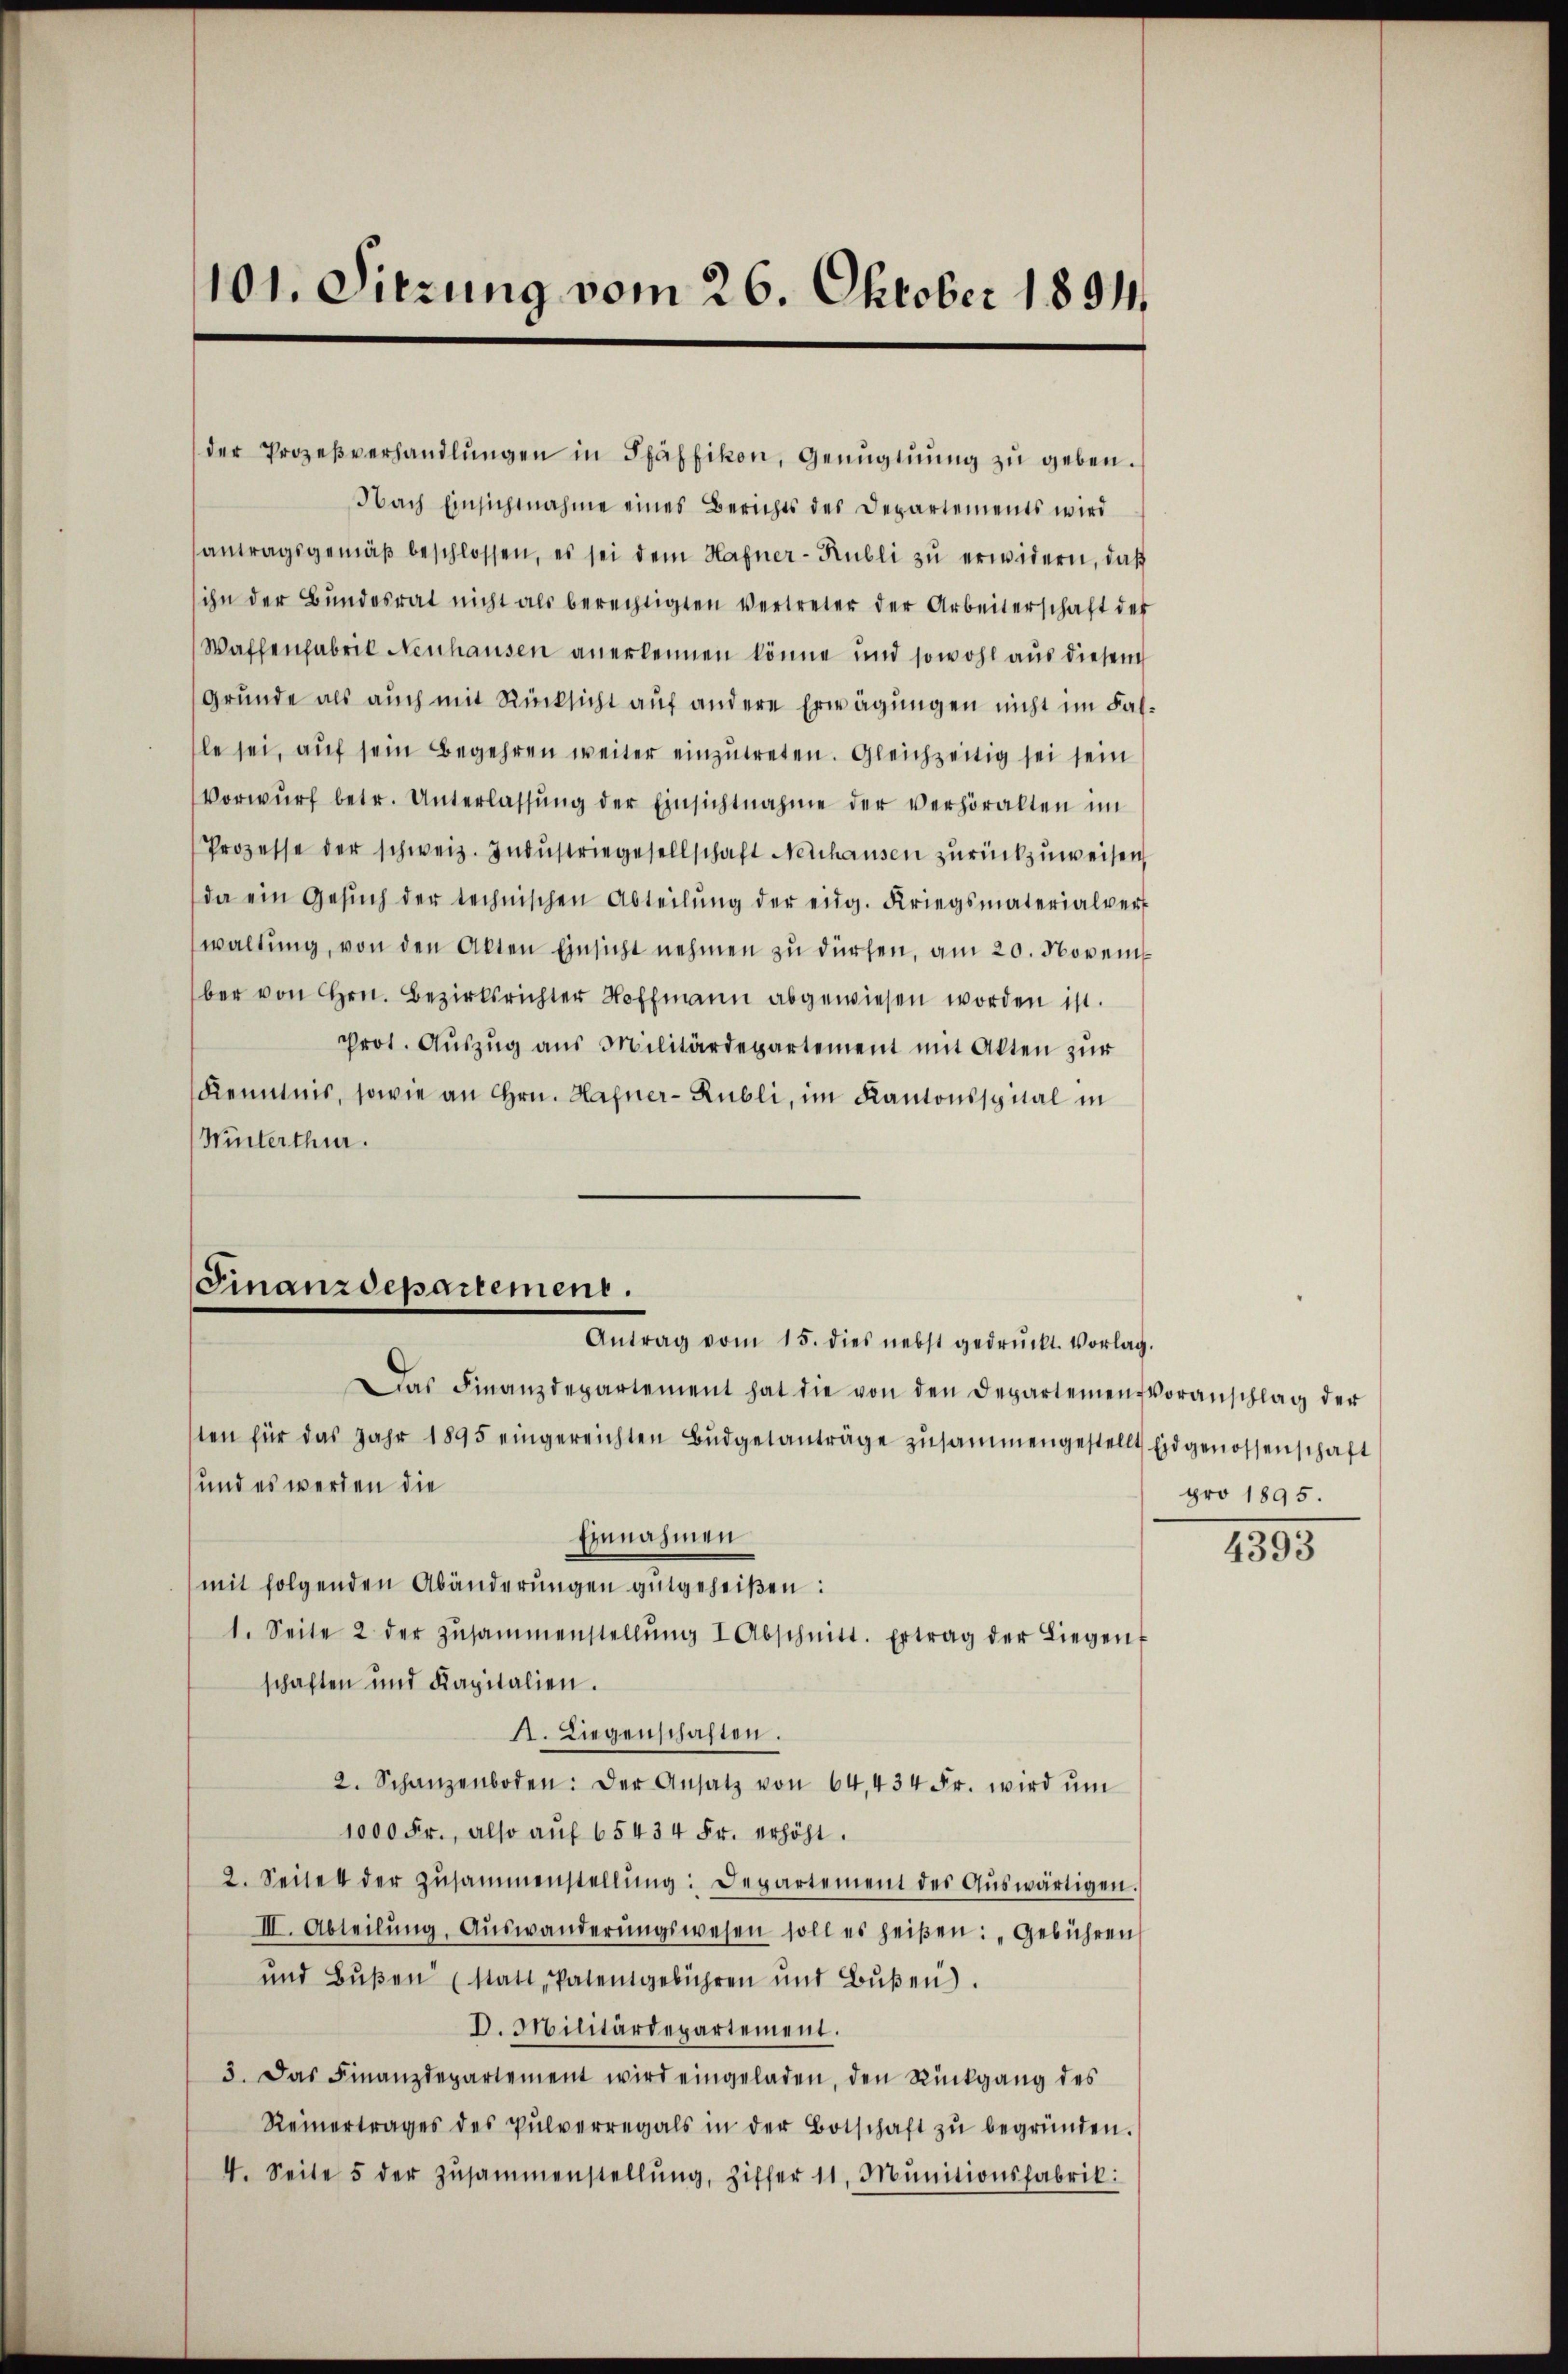
101. Sitzung vom 26. Oktober 1891.

der Prozeβverhandlŭngen in Pfäffikon, Genügtŭŭng zŭ geben.
Nach Einsichtnahme eines Berichts des Departements wird
antragsgemäβ beschlossen, es sei dem Hafner-Kubli zŭ erwidern, daß
ihn der Bŭndesrat nicht als berechtigten Vertreter der Arbeiterschaft der
Waffenfabrik Neuhausen anerkennen könne und sowohl aus diesem
Grunde als auch mit Rücksicht auf andere Erwägungen nicht im Falle sei, auf sein Begehren weiter einzutreten. Gleichzeitig sei sein
Vorwurf betr. Unterlassŭng der Einsichtnahme der verhöralten im
Prozesse der schweiz. Indŭstriegesellschaft Neuhausen zurückzuweisen,
da ein Gesŭch der technischen Abteilŭng der eidg. Kriegsmaterialver
waltŭng, von den Akten Einsicht nehmen zŭ dürfen, am 20. November von Hrn. Bezirksrichter Hoffmann abgewiesen worden ist.
Prot. Auszug aus Militärdepartement mit Akten zur
Kenntnis, sowie an Hrn. Hafner-Rubli, im Kantonsspital in
Winterthur.

Finanzdepartement.
Antrag vom 15. dies nebst gedrückt. Vorlag.

Das Finanzdepartement hat die von den Departemen voranschlag der
ten für das Jahr 1895 eingereichten Bŭdgetanträge zŭsammengestellt Eidgenossenschaft
und es werden die
snahmen
(mit folgenden Abänderŭngen gutgeheißen:
1. Seite 2 der Zŭsammenstellŭng I Abschnitt. Ertrag der Liegent
schaften und Kapitalien.
A. Liegenschaften.
2. Schanzenboden: der Ansatz von 64. 434 Fr. wird ŭm
1000 Fr., also aŭf 65434 Fr. erhöht.
2. Seitet der Zŭsammenstellŭng: Departement des Aŭswärtigen.
III. Abteilŭng, Aŭswanderŭngswesen soll es heißen: „Gebühren
und Bŭβen (statt, Patentgebühren und Bŭβen).
D. Militärdepartement.
3. Das Finanzdepartement wird eingeladen, den Rückgang des
Reinertrages des Pulverregals in der Botschaft zŭ begründen.
4. Seite 5 der Zŭsammenstellŭng, Ziffer 11. Munitionsfabrik:

pro 1895.

4393